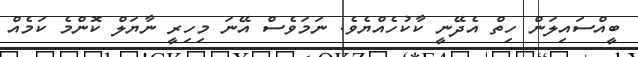
ބީއްސައިލަން ހިތް އެދޭނީ ކާކުހެއްޔެވެ. ނަމަވެސް އޭނަ މިހިރީ ނާޔަލް ކޮންމެ ކަމެއް